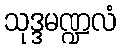
သုဒ္ဒမဏ္ဍလံ